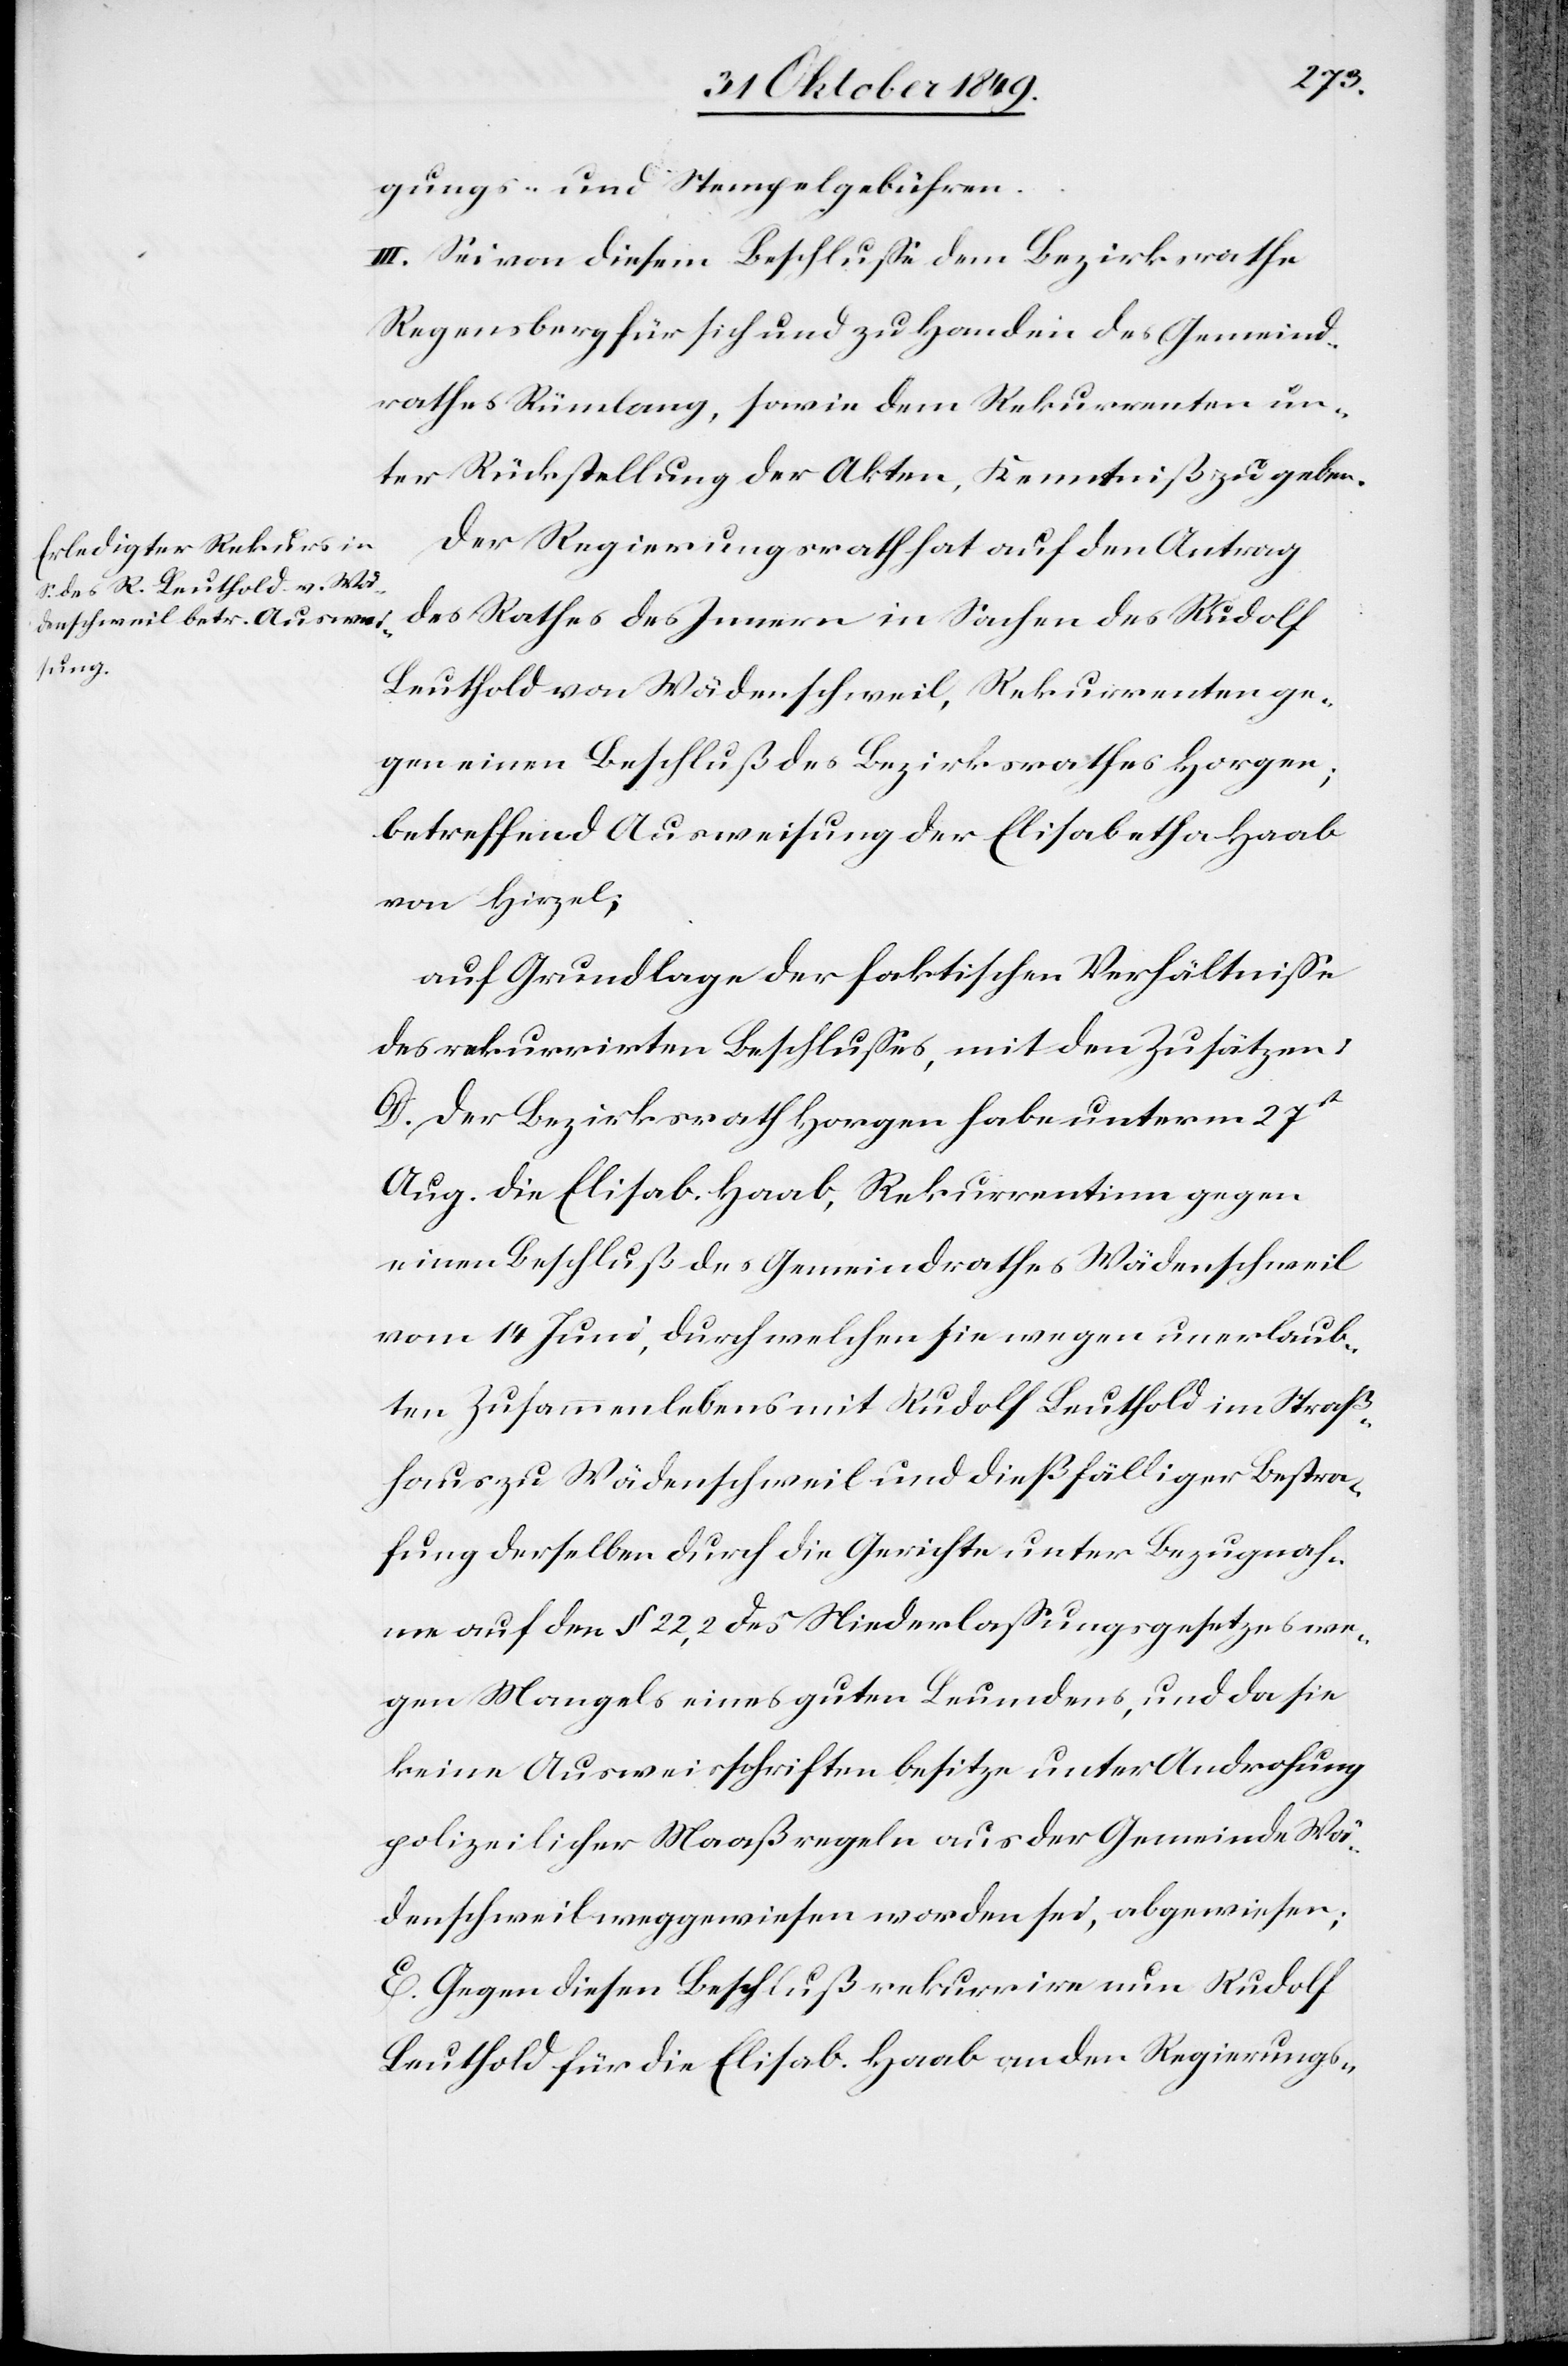
gungs- u. Stempelgebühren.
III. Sei von diesem Beschluße dem Bezirksrathe
Regensberg für sich und zu Handen des Gemeind¬
rathes Rümlang, sowie den Rekurrenten un¬
ter Rückstellung der Akten, Kenntniß zu geben.
Der Regierungsrath hat auf den Antrag
des Rathe des Innern in Sachen des Rudolf
Leuthold von Wädenschweil, Rekurrenten ge¬
gen einen Beschluß des Bezirksrathes Horgen;
betreffend Ausweisung der Elisabetha Haab
von Hirzel;
auf Grundlage der faktischen Verhältniße
des rekurrirten Beschlußes, mit den Zusätzen:
D. Der Bezirksrath Horgen habe unterm 27st
Aug. die Elisab. Haab, Rekurrentinn gegen
einen Beschluß des Gemeindrathes Wädenschweil
vom 14 Juni, durch welchen sie wegen unerlaub¬
ten Zusammenlebens mit Rudolf Leuthold im Straß¬
haus zu Wädenschweil und dießfälliger Bestra¬
fung derselben durch die Gerichte unter Bezugnah¬
me auf den § 22,2 des Niederlaßungsgesetzes we¬
gen Mangels eines guten Leumdens, und da sie
keine Ausweisschriften besitze unter Androhung
polizeilicher Maaßregeln aus der Gemeinde Wä¬
denschweil weggewiesen worden sei, abgewiesen;
E. Gegen diesen Beschluß rekurrire nun Rudolf
Leuthold für die Elisab. Haab an den Regierungs-